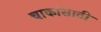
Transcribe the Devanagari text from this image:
चाकांसाठी